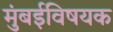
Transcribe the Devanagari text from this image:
मुंबईविषयक